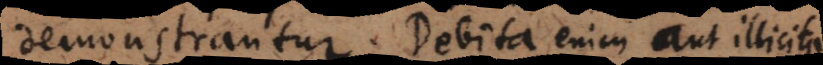
demonstrantur. Debita enim aut illicita